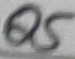
Text: Q5